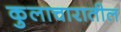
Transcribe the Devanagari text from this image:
कुलाचारातील